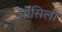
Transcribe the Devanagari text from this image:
मोसिली